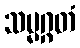
သမ္မဂ္ဂတံ